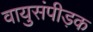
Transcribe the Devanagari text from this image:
वायुसंपीड़क